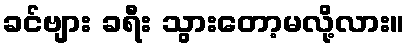
ခင်ဗျား ခရီး သွားတော့မလို့လား။